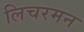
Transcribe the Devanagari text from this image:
लिचरमन